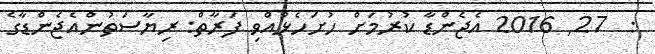
:  27